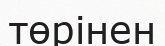
төрінен